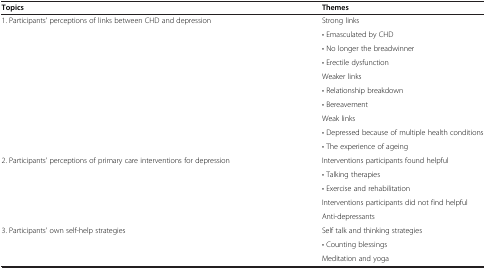
| Topics | Themes |
 | --- | --- |
 | <ROWSPAN=10> 1. Participants’ perceptions of links between CHD and depression | Strong links |
 | • Emasculated by CHD |
 | • No longer the breadwinner |
 | • Erectile dysfunction |
 | Weaker links |
 | • Relationship breakdown |
 | • Bereavement |
 | Weak links |
 | • Depressed because of multiple health conditions |
 | • The experience of ageing |
 | <ROWSPAN=5> 2. Participants’ perceptions of primary care interventions for depression | Interventions participants found helpful |
 | • Talking therapies |
 | • Exercise and rehabilitation |
 | Interventions participants did not find helpful |
 | Anti-depressants |
 | <ROWSPAN=2> 3. Participants’ own self-help strategies | Self talk and thinking strategies |
 | • Counting blessings |
 |  | Meditation and yoga |